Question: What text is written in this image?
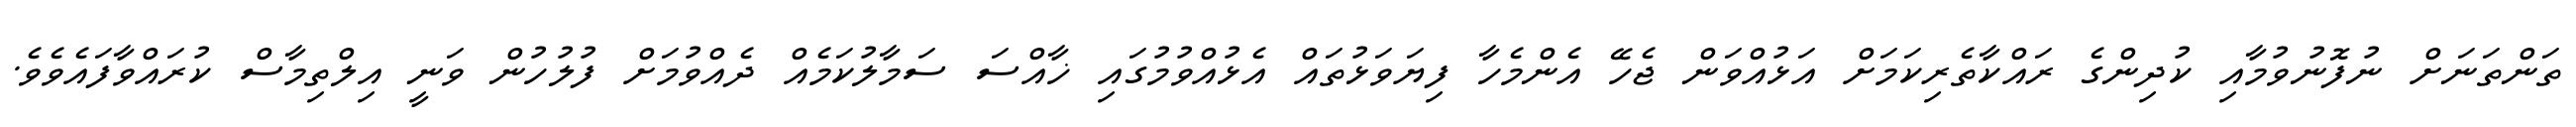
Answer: ތަންތަނަށް ނުފޮނުވުމާއި ކުދިންގެ ރައްކާތެރިކަމަށް އަޅުއްވަން ޖެހޭ އެންމެހާ ފިޔަވަޅުތައް އެޅުއްވުމުގައި ޚާއްސަ ސަމާލުކަމެއް ދެއްވުމަށް ފުލުހުން ވަނީ އިލްތިމާސް ކުރައްވާފައެވެވެ.